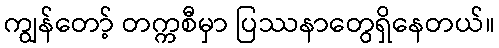
ကျွန်တော့် တက္ကစီမှာ ပြဿနာတွေရှိနေတယ်။